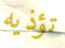
تؤذيه